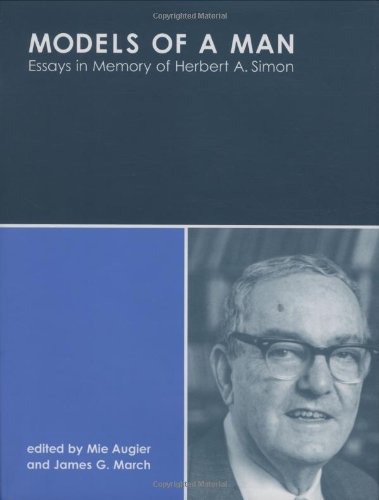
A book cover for Models of a Man: Essays in Memory of Herbert A. Simon; Computers & Technology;